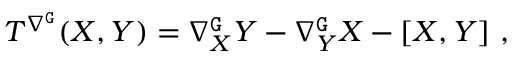
\begin{array} { r } { T ^ { \nabla ^ { \mathtt { G } } } ( X , Y ) = \nabla _ { X } ^ { \mathtt { G } } Y - \nabla _ { Y } ^ { \mathtt { G } } X - [ X , Y ] \ , } \end{array}